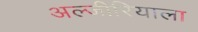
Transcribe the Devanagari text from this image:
अल्जीरियाला